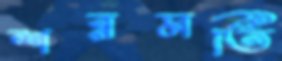
শরমতি